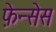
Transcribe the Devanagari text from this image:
फ़ेन्सेस